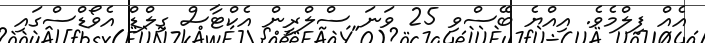
އެއް ފިލްމެވެ. އިއްޔެ ބޭސްވި 25 ވަނަ ސްލްރީން އެކްޓާސް ގިލްޑް އެވޯޑްސްގައި